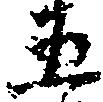
五